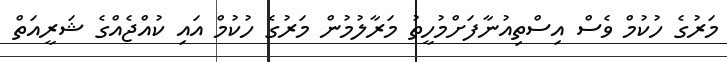
މަރުގެ ހުކުމް ވެސް އިސްތިއުނާފަށްމުހީތު މަރާލުމުން މަރުގެ ހުކުމް އައި ކުއްޖެއްގެ ޝަރީއަތް